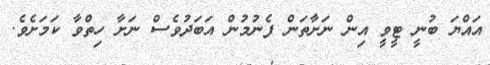
އައްޔަ ބުނީ ޓީވީ އިން ނަށާތަން ފެނުމުން އަބަދުވެސް ނަށާ ހިތްވާ ކަމަށެވެ.